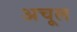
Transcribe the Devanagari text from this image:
अचूल